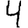
Digit: 4